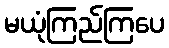
မယုံကြည်ကြပေ